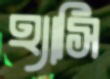
হ্যাসি